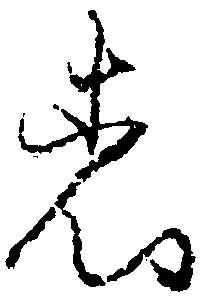
者